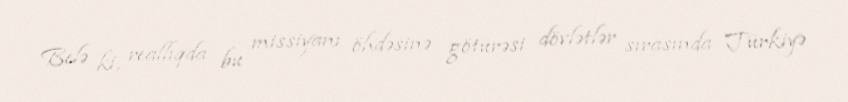
Belə ki, reallıqda bu missiyanı öhdəsinə götürəsi dövlətlər sırasında Türkiyə